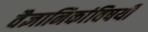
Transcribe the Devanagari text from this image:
वैज्ञानिकांविषयी